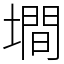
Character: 墹